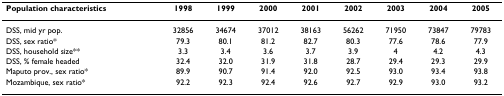
<table><thead><tr><td><b>Population characteristics</b></td><td><b>1998</b></td><td><b>1999</b></td><td><b>2000</b></td><td><b>2001</b></td><td><b>2002</b></td><td><b>2003</b></td><td><b>2004</b></td><td><b>2005</b></td></tr></thead><tbody><tr><td>DSS, mid yr pop.</td><td>32856</td><td>34674</td><td>37012</td><td>38163</td><td>56262</td><td>71950</td><td>73847</td><td>79783</td></tr><tr><td>DSS, sex ratio*</td><td>79.3</td><td>80.1</td><td>81.2</td><td>82.7</td><td>80.3</td><td>77.6</td><td>78.6</td><td>77.9</td></tr><tr><td>DSS, household size**</td><td>3.3</td><td>3.4</td><td>3.6</td><td>3.7</td><td>3.9</td><td>4</td><td>4.2</td><td>4.3</td></tr><tr><td>DSS, % female headed</td><td>32.4</td><td>32.0</td><td>31.9</td><td>31.8</td><td>28.7</td><td>29.4</td><td>29.3</td><td>29.9</td></tr><tr><td>Maputo prov., sex ratio*</td><td>89.9</td><td>90.7</td><td>91.4</td><td>92.0</td><td>92.5</td><td>93.0</td><td>93.4</td><td>93.8</td></tr><tr><td>Mozambique, sex ratio*</td><td>92.2</td><td>92.3</td><td>92.4</td><td>92.6</td><td>92.7</td><td>92.9</td><td>93.0</td><td>93.2</td></tr></tbody></table>